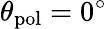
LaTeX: \theta_{\mathrm{pol}}=0^{\circ}